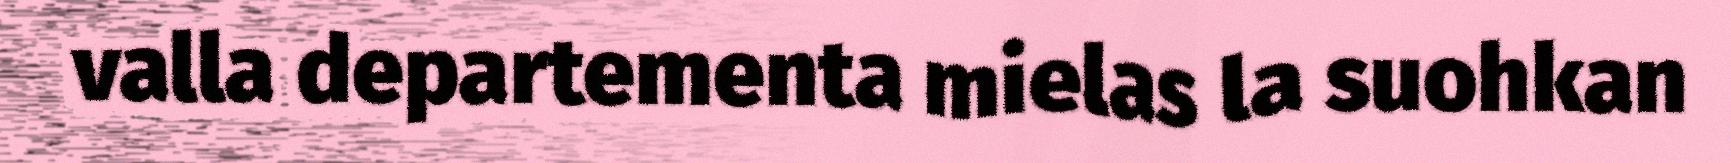
valla departementa mielas la suohkan